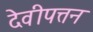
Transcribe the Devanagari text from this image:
देवीपत्तन